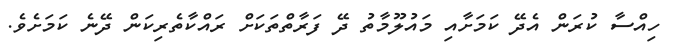
ހިއްސާ ކުރަން އެދޭ ކަމަށާއި މައުލޫމާތު ދޭ ފަރާތްތަކަށް ރައްކާތެރިކަން ދޭނެ ކަމަށެވެ.